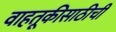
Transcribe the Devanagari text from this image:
वाहतूकीसाठीची